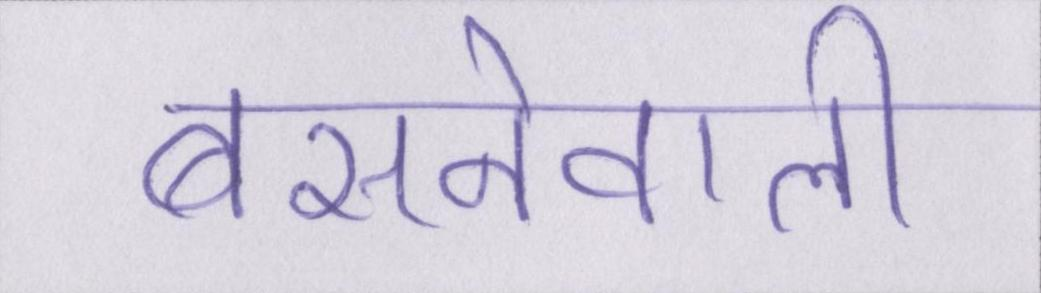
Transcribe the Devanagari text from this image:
बसनेवाली